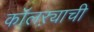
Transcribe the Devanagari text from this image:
कॉलऱ्याची